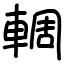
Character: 輖